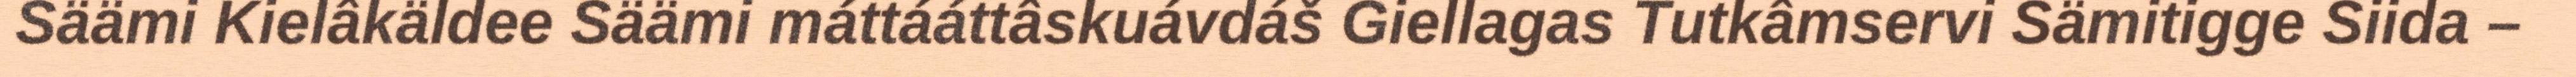
Säämi Kielâkäldee Säämi máttááttâskuávdáš Giellagas Tutkâmservi Sämitigge Siida –